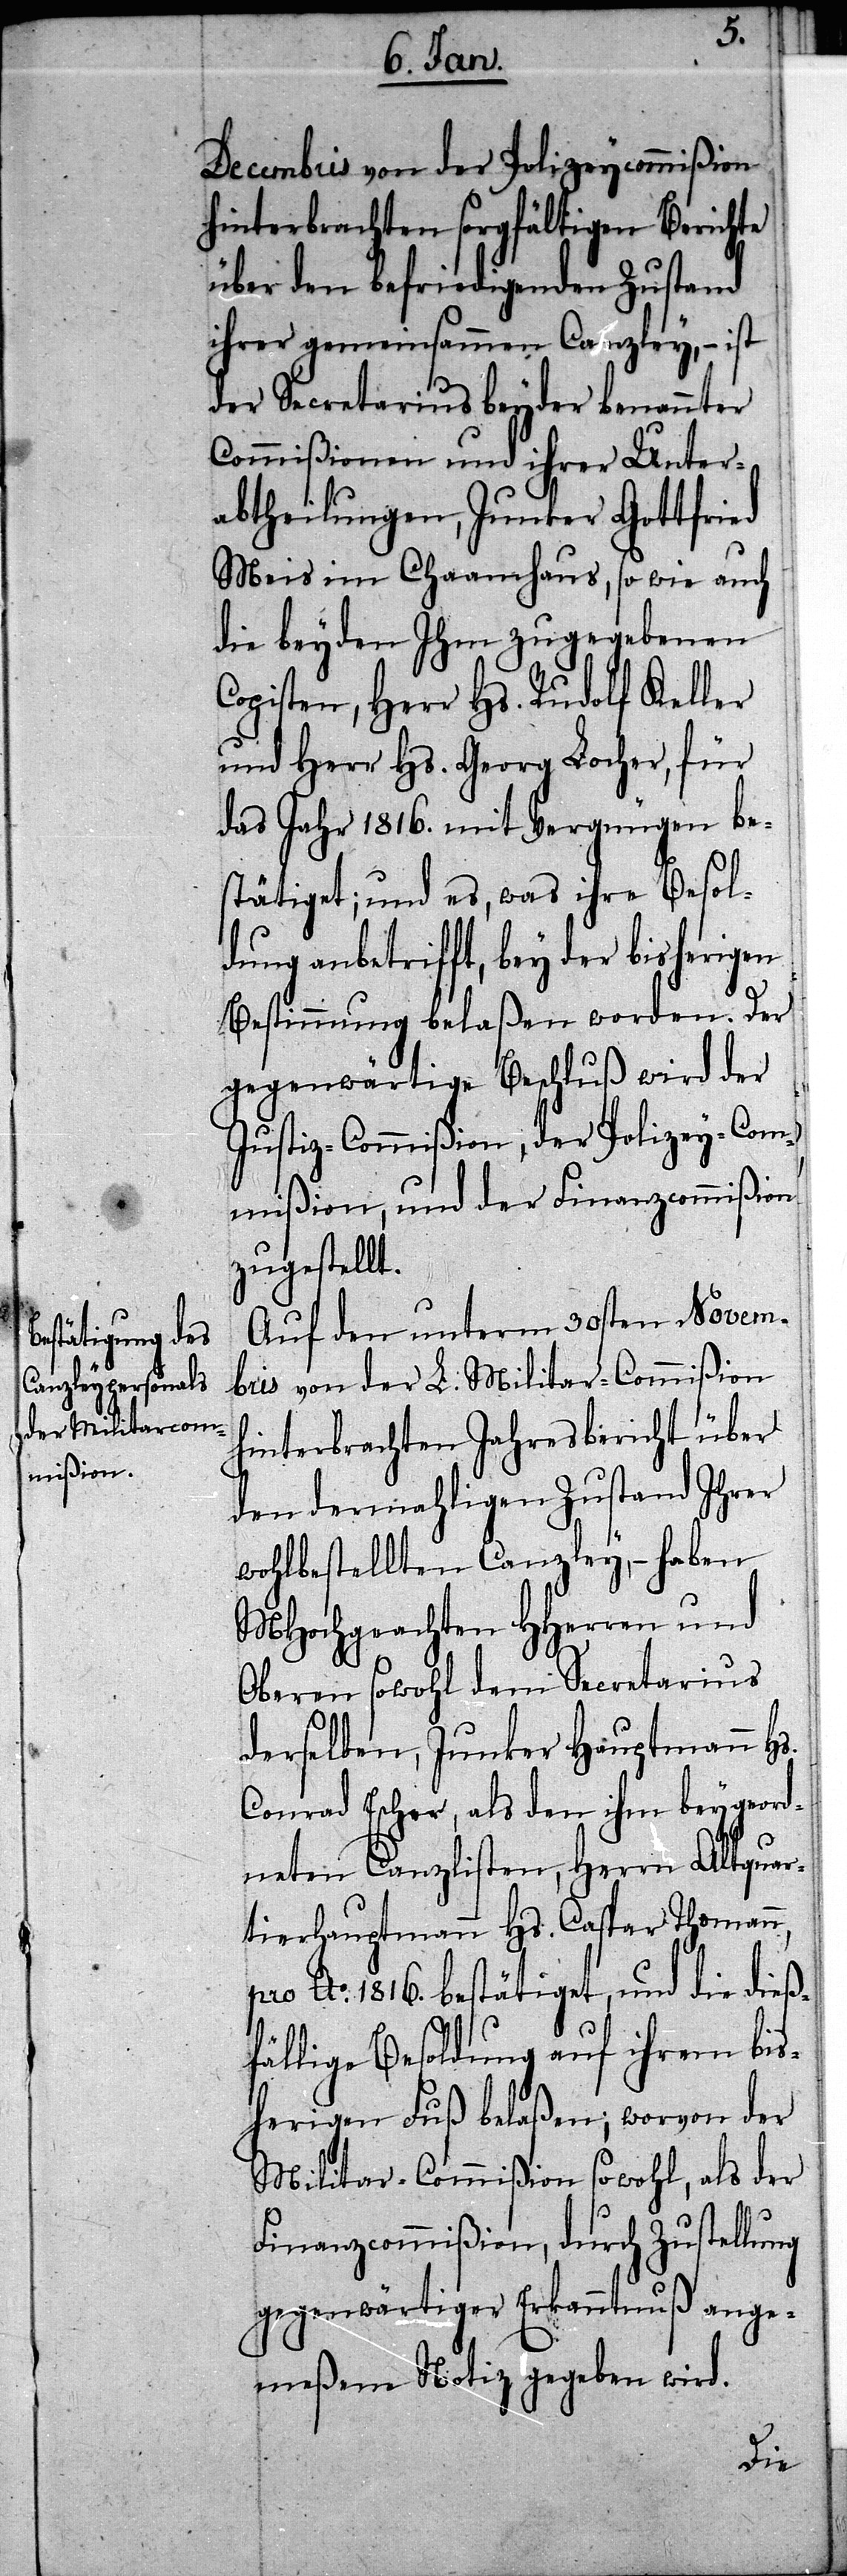
Decembris von der Polizeycommißion
hinterbrachten sorgfältigen Berichte
über den befriedigenden Zustand
ihrer gemeinsammen Canzley, – ist
der Secretarius beyder benannter
Commißionen und ihrer Unter¬
abtheilungen, Junker Gottfried
Meis im Chaamhaus, so wie auch
die beyden Ihm zugegebenen
Copisten, Herr Hs. Rudolf Keller
und Herr Hs. Georg Locher, für
das Jahr 1816. mit Vergnügen be¬
stätiget; und es, was ihre Besol¬
dung anbetrifft, bey der bisherigen
Bestimmung belaßen worden. Der
gegenwärtige Beschluß wird der
Justiz-Commißion, der Polizey-Com¬
mißion, und der Finanzcommißion
zugestellt.
Auf den unterm 30sten Novem¬
bris von der L. Militar-Commißion
hinterbrachten Jahresbericht über
den denmahligen Zustand Ihrer
wohlbestellten Canzley, – haben
MHochgeachten HHerren und
Oberen sowohl dem Secretarius
derselben, Junker Hauptmann Hs.
Conrad Escher, als den ihm beygeord¬
neten Canzlisten, Herrn Altquar¬
tierhauptmann Hs. Caspar Thomann,
pro Ao. 1816. bestätiget, und die dieß¬
fällige Besoldung auf ihrem bis¬
herigen Fuß belaßen; worvon der
Militar-Commißion sowohl, als der
Finanzcommißion, durch Zustellung
gegenwärtiger Erkanntnuß ange¬
meßene Notiz gegeben wird.